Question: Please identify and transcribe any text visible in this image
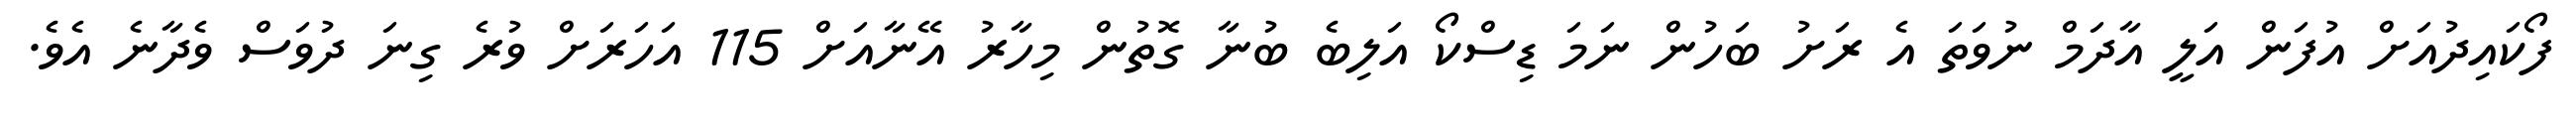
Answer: ފޯކައިދުއަށް އުފަން އަލީ އާދަމް ނުވަތަ އެ ރަށު ބަހުން ނަމަ ޑިސްކޯ އަލިބެ ބުނާ ގޮތުން މިހާރު އޭނާއަށް 115 އަހަރަށް ވުރެ ގިނަ ދުވަސް ވެދާނެ އެވެ.